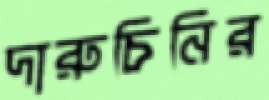
দারুচিনির